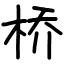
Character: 桥